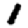
Digit: 1